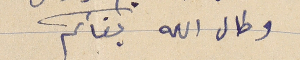
وطال الله بقأكم